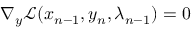
\nabla _ { y } \mathcal { L } ( x _ { n - 1 } , y _ { n } , \lambda _ { n - 1 } ) = 0